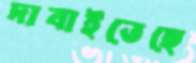
দাবাইতেছে